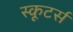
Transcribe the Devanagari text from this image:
स्कूटर्स